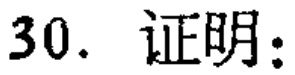
30. 证明：